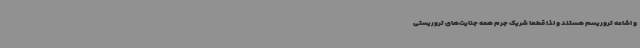
و اشاعه تروریسم هستند و لذا قطعاً شریک جرم همه جنایت‌های تروریستی